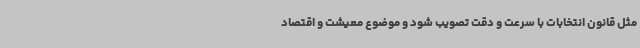
مثل قانون انتخابات با سرعت و دقت تصویب شود و موضوع معیشت و اقتصاد